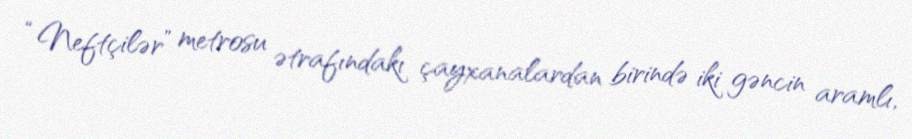
“Neftçilər” metrosu ətrafındakı çayxanalardan birində iki gəncin aramlı,